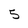
Character: 5